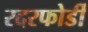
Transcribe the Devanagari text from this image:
रदरफोर्डी